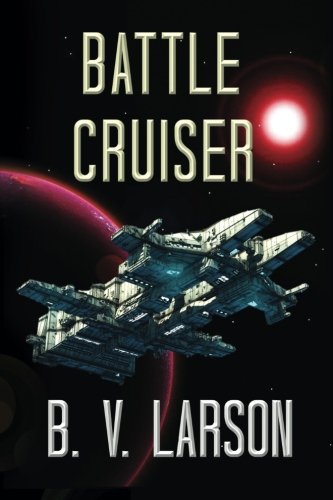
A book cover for Battle Cruiser; B. V. Larson; Science Fiction & Fantasy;